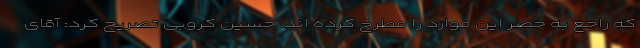
که راجع به حصر این موارد را مطرح کرده اند. حسین کروبی تصریح کرد: آقای